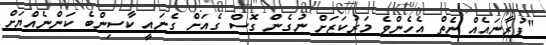
"ފުރާނައެއް ނެތް އެހެންވެ މަރުކަޒަށް ނުގެން ގޮސް ގެއަށް ގެނައީ ކާސިންބެ ކަންނެއްޔަށް